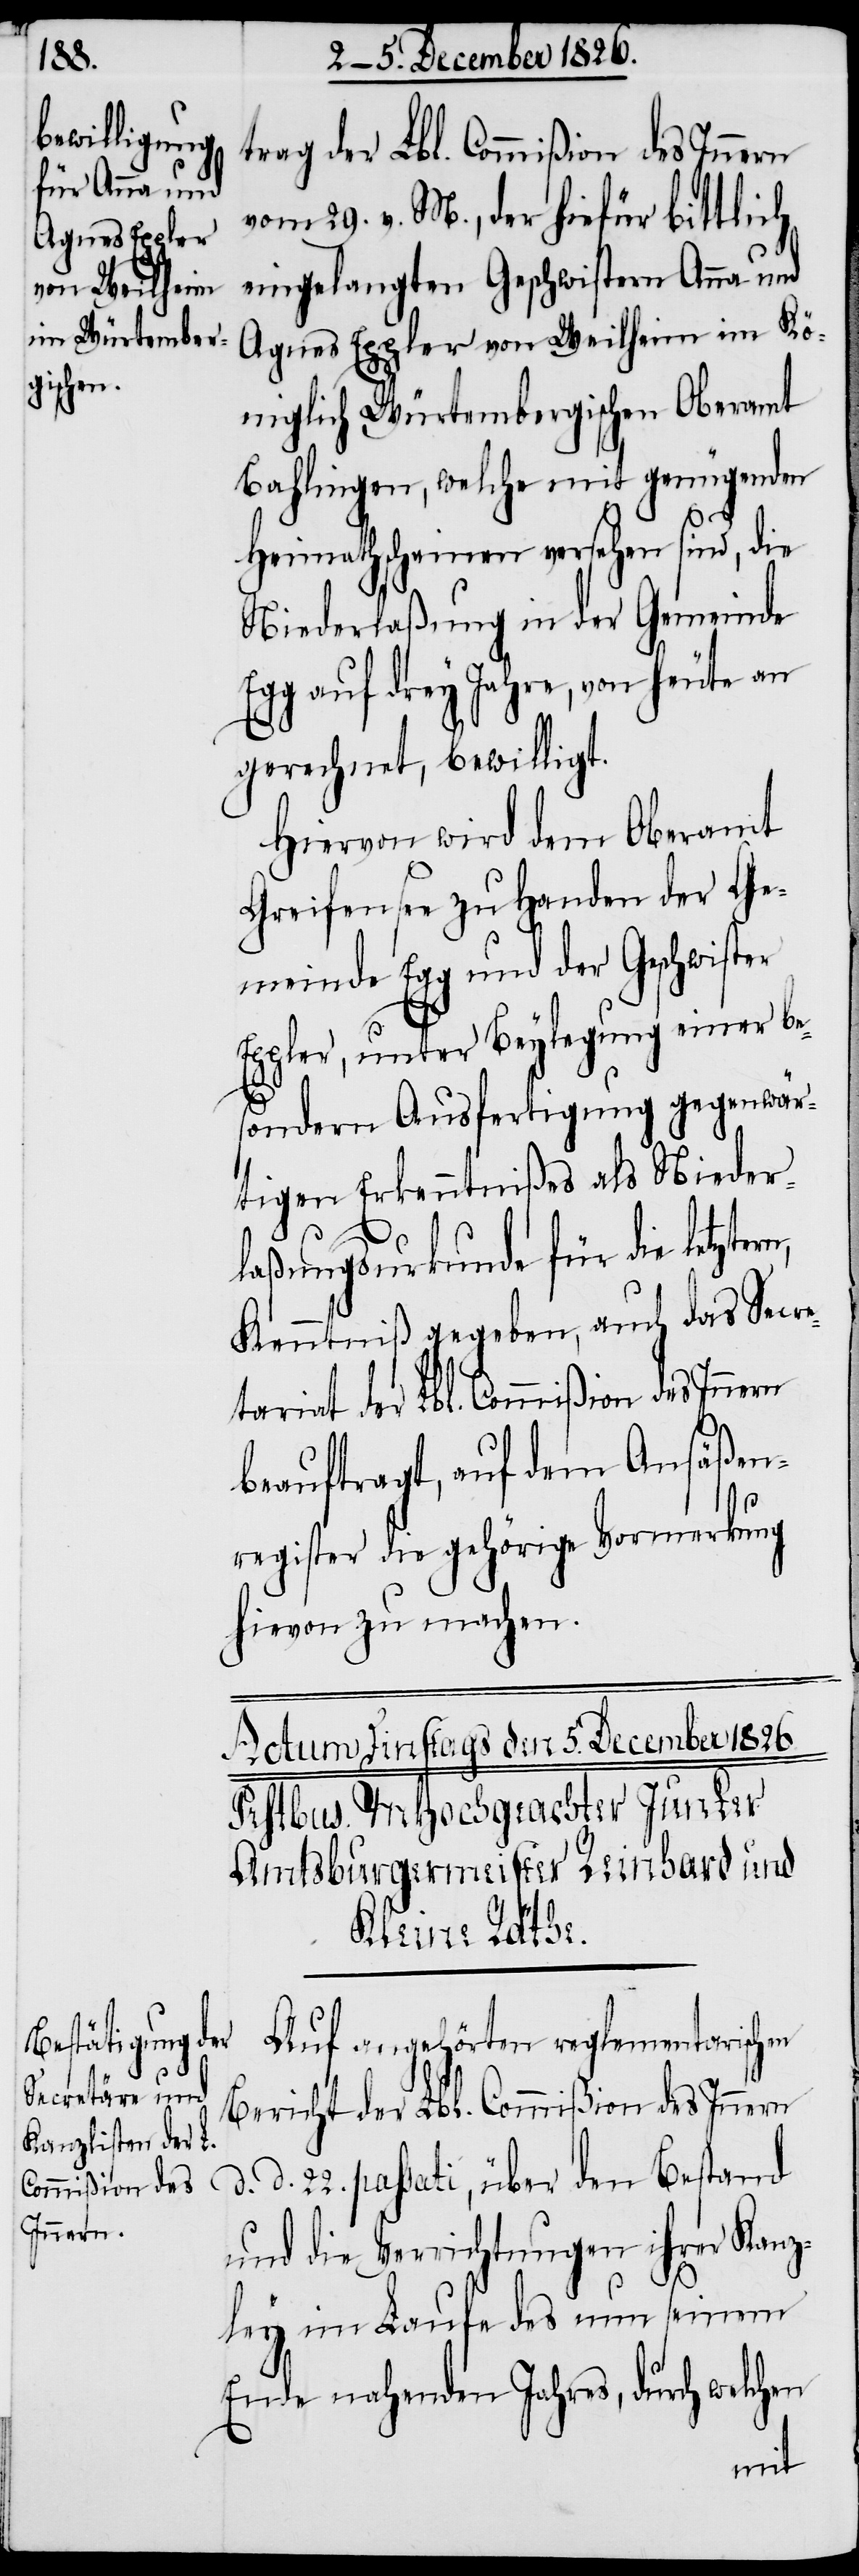
riat der Lbl. Commißion des Innern
vom 29. v. M., der hiefür bittlich
eingelangten Geschwistern Anne und
Agnes Eppler von Weilheim im Kö¬
niglich Würtembergischen Oberamt
Bahlingen, welche mit genügenden
n,
Heimathscheinen versehen sind, die
Niederlaßung in der Gemeinde
Egg auf drey Jahre, von heute an
gerechnet, bewilligt.
Hiervon wird dem Oberamt
Greifensee zu Handen der Ge¬
meinde Egg und der Geschwister
Eppler, unter Beylegung einer be¬
sondern Ausfertigung gegenwär¬
tigen Erkenntnißes als Nieder¬
laßungsurkunde für die letzter¬
Kenntniß gegeben, auch das Secre¬
d.
beauftragt, auf dem Ansäßen¬
register die gehörige Vormerkung
hievon zu machen.
Auf angehörten reglementarischen
Bericht der Lbl. Commißion des Innern
d. 22. passati, über den Bestand
und die Verrichtungen ihrer Kanz¬
ley im Laufe des nun seinem
Ende nahenden Jahres, durch welchen